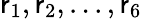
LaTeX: \mathsf{r}_{1},\mathsf{r}_{2},...,\mathsf{r}_{6}